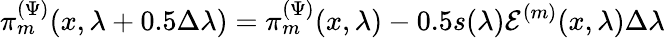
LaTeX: \pi_{m}^{(\Psi)}(x,\lambda+0.5\Delta\lambda)=\pi_{m}^{(\Psi)}(x,\lambda)-0.5s(\lambda)\mathcal{E}^{(m)}(x,\lambda)\Delta\lambda